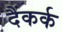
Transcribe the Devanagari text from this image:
दैंकर्क